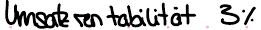
Umsatzrentabilität 3%